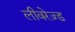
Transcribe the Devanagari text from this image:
लीवरेज़्ड